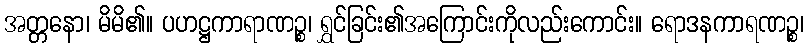
အတ္တနော၊ မိမိ၏။ ပဟဋ္ဌကာရာဏဉ္စ၊ ရွှင်ခြင်း၏အကြောင်းကိုလည်းကောင်း။ ရောဒနကာရဏဉ္စ၊